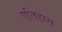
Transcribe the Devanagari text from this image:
एतिहास